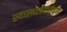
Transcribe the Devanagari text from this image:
स्वास्थ्यप्रदपोषण